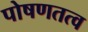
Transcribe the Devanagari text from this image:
पोषणतत्व